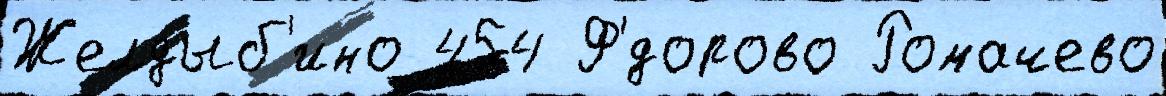
Желдыб'ино 454 Ф'́дорово Ромачево